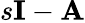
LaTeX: s\mathbf{I}-\mathbf{A}